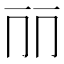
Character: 𠀙